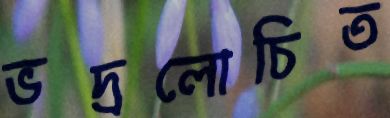
ভদ্রলোচিত